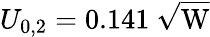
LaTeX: U_{0,2}=0.141~\mathrm{\sqrt{W}}